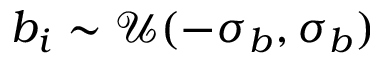
b _ { i } \sim \mathcal { U } ( - \sigma _ { b } , \sigma _ { b } )